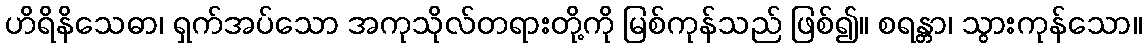
ဟိရိနိသေဓာ၊ ရှက်အပ်သော အကုသိုလ်တရားတို့ကို မြစ်ကုန်သည် ဖြစ်၍။ စရန္တာ၊ သွားကုန်သော။